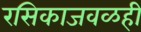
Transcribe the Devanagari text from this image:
रसिकाजवळही